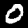
Digit: 0